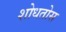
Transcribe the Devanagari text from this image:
शोधतोस